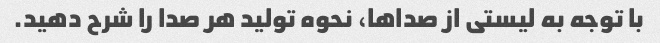
با توجه به لیستی از صداها، نحوه تولید هر صدا را شرح دهید.